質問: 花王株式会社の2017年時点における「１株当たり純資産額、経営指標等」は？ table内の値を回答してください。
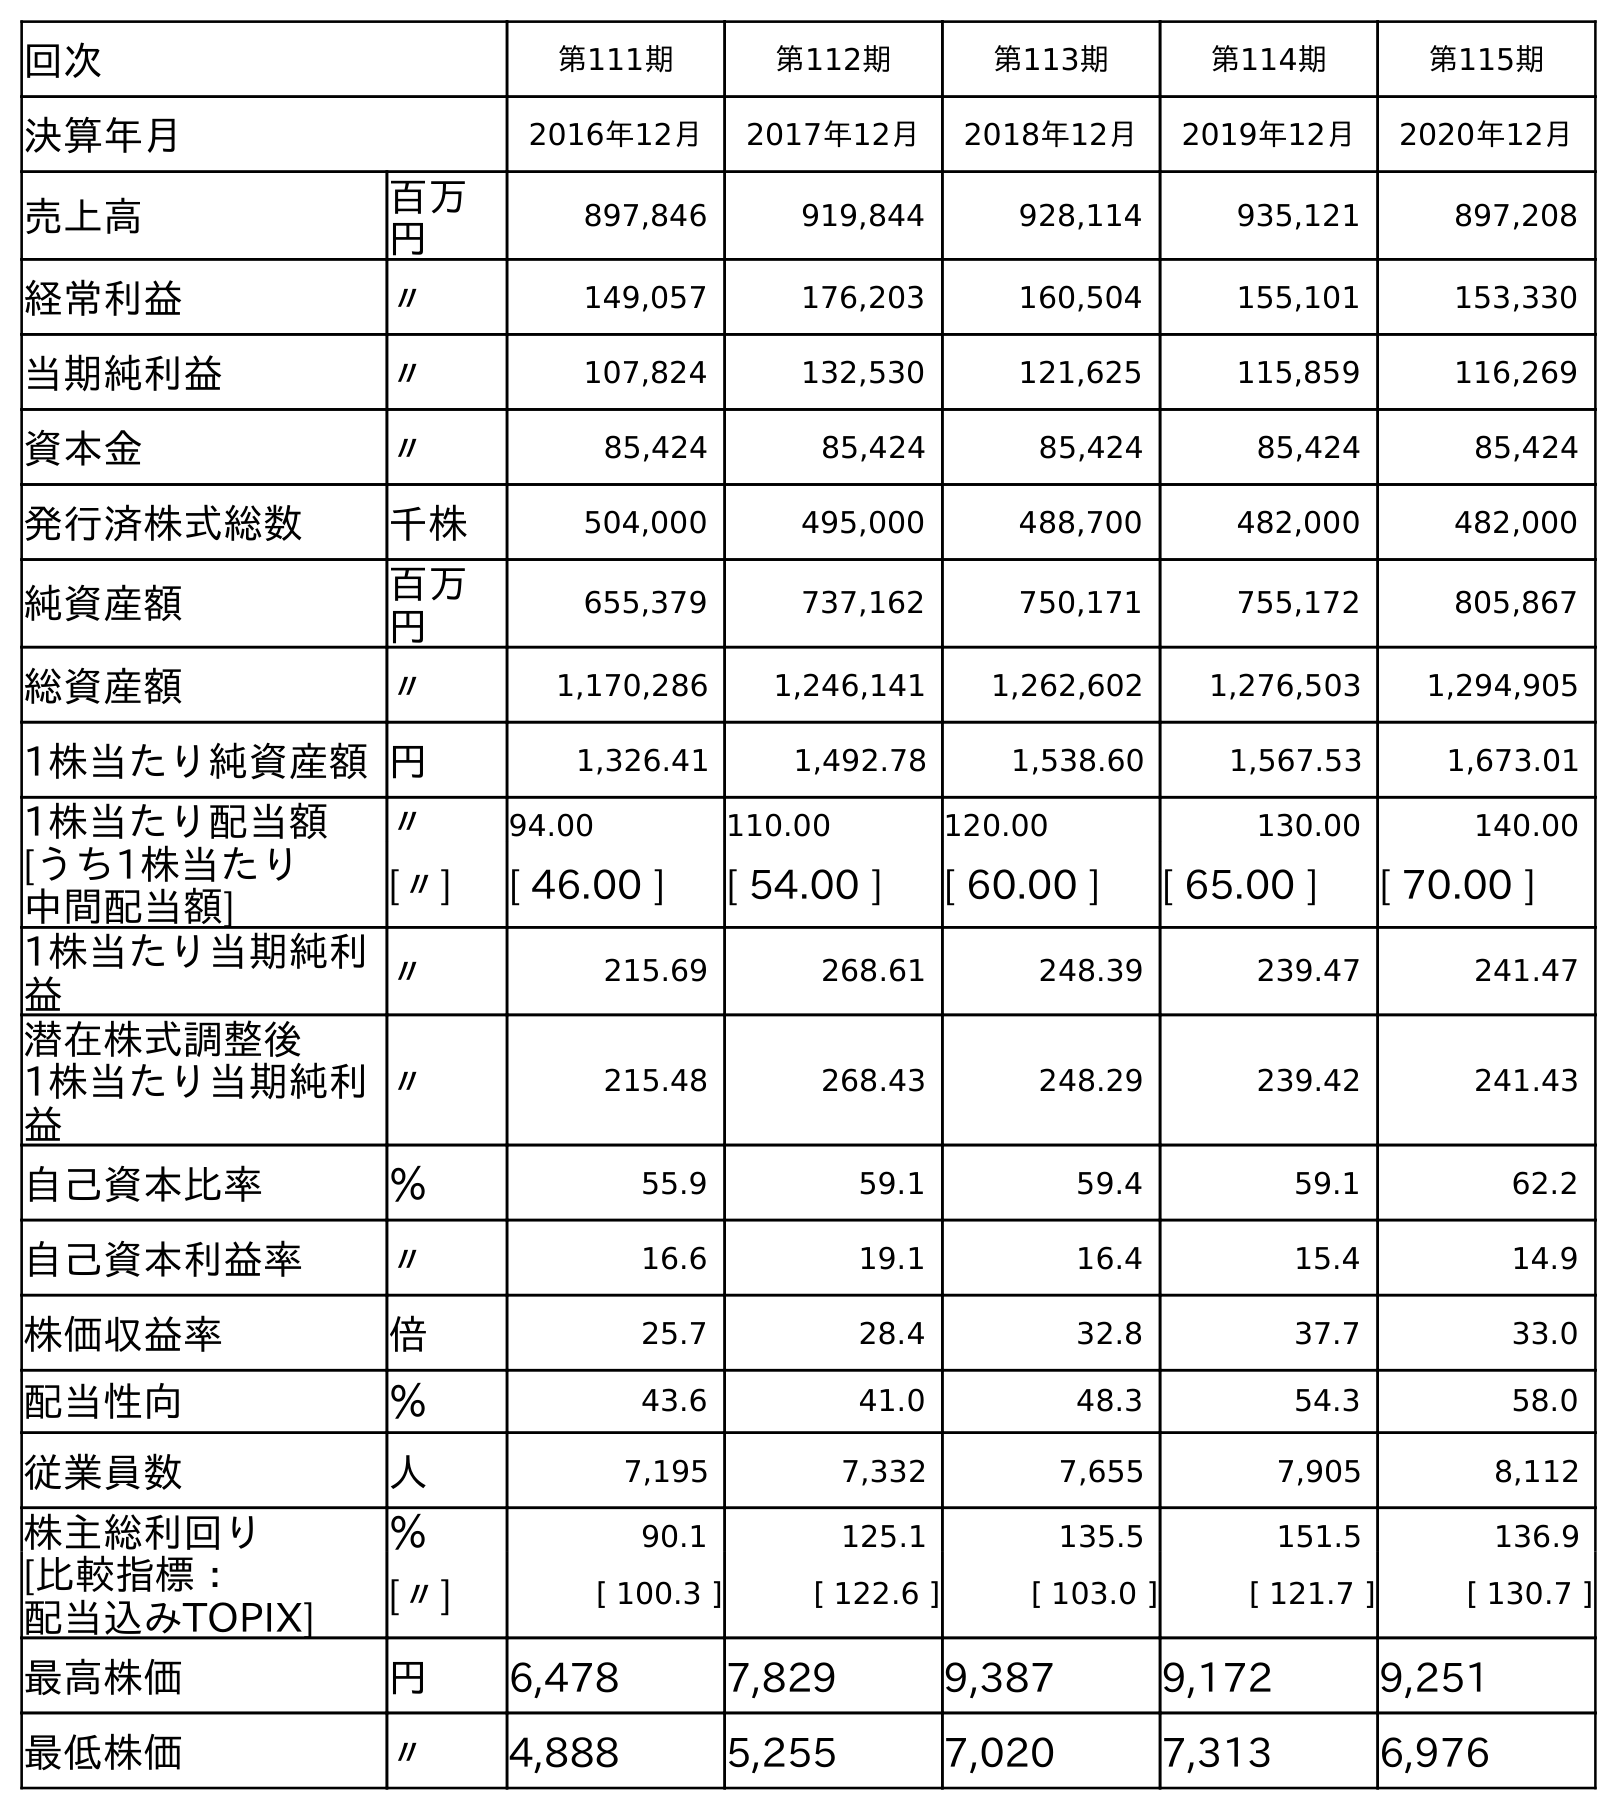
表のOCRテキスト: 回次 第111期 第112期 第113期 第114期 第115期 決算年月 2016年12月 2017年12月 2018年12月 2019年12月 2020年12月 売上高 百万 円 897,846 919,844 928,114 935,121 897,208 経常利益 〃 149,057 176,203 160,504 155,101 153,330 当期純利益 〃 107,824 132,530 121,625 115,859 116,269 資本金 〃 85,424 85,424 85,424 85,424 85,424 発行済株式総数 千株 504,000 495,000 488,700 482,000 482,000 純資産額 百万 円 655,379 737,162 750,171 755,172 805,867 総資産額 〃 1,170,286 1,246,141 1,262,602 1,276,503 1,294,905 1株当たり純資産額円 1,326.41 1,492.78 1,538.60 1,567.53 1,673.01 1株当たり配当額 〃 94.00 110.00 120.00 130.00 140.00 [うち1株当たり 中間配当額] [〃] [ 46.00 ] [ 54.00 ] [ 60.00 ] [ 65.00 ] [ 70.00 ] 1株当たり当期純利 益 〃 215.69 268.61 248.39 239.47 241.47 潜在株式調整後 1株当たり当期純利 益 〃 215.48 268.43 248.29 239.42 241.43 自己資本比率 ％ 55.9 59.1 59.4 59.1 62.2 自己資本利益率 〃 16.6 19.1 16.4 15.4 14.9 株価収益率 倍 25.7 28.4 32.8 37.7 33.0 配当性向 ％ 43.6 41.0 48.3 54.3 58.0 従業員数 人 7,195 7,332 7,655 7,905 8,112 株主総利回り ％ 90.1 125.1 135.5 151.5 136.9 [比較指標： 配当込みTOPIX] [〃] [ 100.3 ] [ 122.6 ] [ 103.0 ] [ 121.7 ] [ 130.7 ] 最高株価 円 6,478 7,829 9,387 9,172 9,251 最低株価 〃 4,888 5,255 7,020 7,313 6,976
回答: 1,492.78